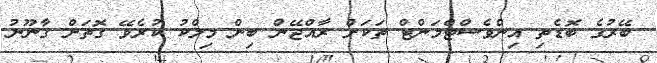
ބޭރުގެ ބޮޑެތި އިންވެސްޓްމަންޓް ތަކަށް ރާއްޖޭން ބިން މިލްކު ކުރެވޭ ގޮތަށް ގާނޫނު